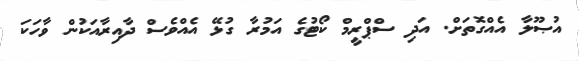
އުޞޫލާ އެއްގޮތަށް. އަދި ސްޕްރީމް ކޯޓުގެ އަމުރާ ގުޅޭ އެއްވެސް ދާއިރާއަކުން ވާހަކަ